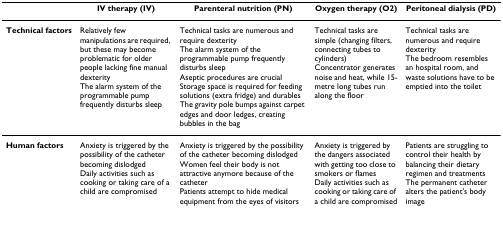
<table><thead><tr><td></td><td><b>IV therapy (IV)</b></td><td><b>Parenteral nutrition (PN)</b></td><td><b>Oxygen therapy (O2)</b></td><td><b>Peritoneal dialysis (PD)</b></td></tr></thead><tbody><tr><td><b>Technical factors</b></td><td>Relatively few manipulations are required, but these may become problematic for older people lacking fine manual dexterityThe alarm system of the programmable pump frequently disturbs sleep</td><td>Technical tasks are numerous and require dexterityThe alarm system of the programmable pump frequently disturbs sleepAseptic procedures are crucialStorage space is required for feeding solutions (extra fridge) and durablesThe gravity pole bumps against carpet edges and door ledges, creating bubbles in the bag</td><td>Technical tasks are simple (changing filters, connecting tubes to cylinders)Concentrator generates noise and heat, while 15-metre long tubes run along the floor</td><td>Technical tasks are numerous and require dexterityThe bedroom resembles an hospital room, and waste solutions have to be emptied into the toilet</td></tr><tr><td><b>Human factors</b></td><td>Anxiety is triggered by the possibility of the catheter becoming dislodgedDaily activities such as cooking or taking care of a child are compromised</td><td>Anxiety is triggered by the possibility of the catheter becoming dislodgedWomen feel their body is not attractive anymore because of the catheterPatients attempt to hide medical equipment from the eyes of visitors</td><td>Anxiety is triggered by the dangers associated with getting too close to smokers or flamesDaily activities such as cooking or taking care of a child are compromised</td><td>Patients are struggling to control their health by balancing their dietary regimen and treatmentsThe permanent catheter alters the patient&#x27;s body image</td></tr></tbody></table>